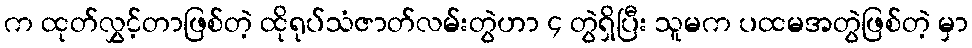
က ထုတ်လွှင့်တာဖြစ်တဲ့ ထိုရုပ်သံဇာတ်လမ်းတွဲဟာ ၄ တွဲရှိပြီး သူမက ပထမအတွဲဖြစ်တဲ့ မှာ